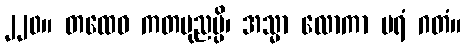
၂၂၀။ တထေဝ ကတပုညမ္ပိ၊ အသ္မာ လောကာ ပရံ ဂတံ။